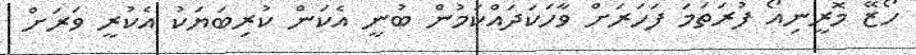
ހޯޒޭ މޮރީނިއޯ ފުރަތަމަ ފަހަރަށް ވާހަކަދައްކަމުން ބުނީ އެކަން ކުރިބަޔަކު އެކުރީ ވަރަށް